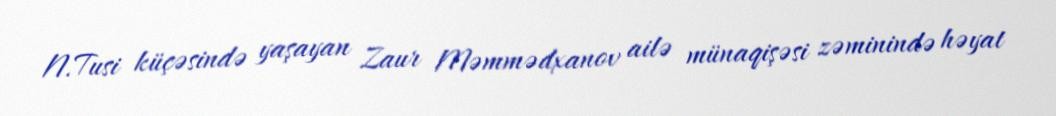
N.Tusi küçəsində yaşayan Zaur Məmmədxanov ailə münaqişəsi zəminində həyat